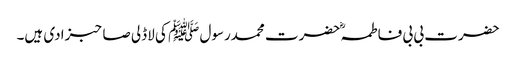
حضرت بی بی فاطمہؓ حضرت محمدرسول ﷺ کی لاڈلی صاحبزادی ہیں۔